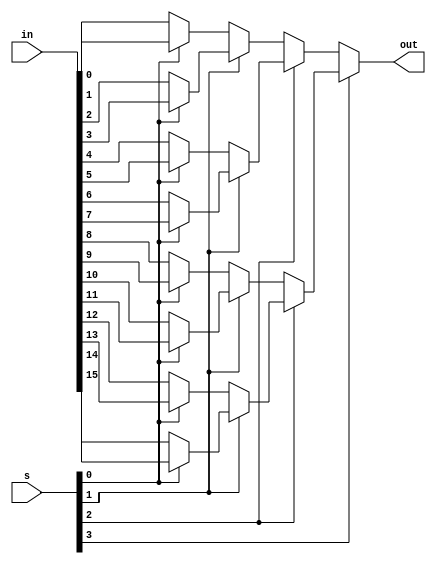
module mux16_4 (input [15:0] in , input [3:0] s , output out);

	//assign out = in[s];
	
	
	/* 
		MUX----	MUX----	MUX----	MUX ----
		MUX--^	     ^	     ^
		MUX----	MUX--^	     ^
		MUX--^		     ^
		MUX----	MUX----	MUX--^
		MUX--^	     ^
		MUX----	MUX--^
		MUX--^
	*/

	wire internal_0[0:7];
	assign internal_0[0] = (s[0])? in[ 1]:in[ 0];
	assign internal_0[1] = (s[0])? in[ 3]:in[ 2];
	assign internal_0[2] = (s[0])? in[ 5]:in[ 4];
	assign internal_0[3] = (s[0])? in[ 7]:in[ 6];
	assign internal_0[4] = (s[0])? in[ 9]:in[ 8];
	assign internal_0[5] = (s[0])? in[11]:in[10];
	assign internal_0[6] = (s[0])? in[13]:in[12];
	assign internal_0[7] = (s[0])? in[15]:in[14];
	

	wire internal_1[0:3];
	assign internal_1[0] = (s[1]) ? internal_0[1] : internal_0[0];
	assign internal_1[1] = (s[1]) ? internal_0[3] : internal_0[2];
	assign internal_1[2] = (s[1]) ? internal_0[5] : internal_0[4];
	assign internal_1[3] = (s[1]) ? internal_0[7] : internal_0[6]; 
	
	wire internal_2[0:1];
	assign internal_2[0] = (s[2]) ? internal_1[1] : internal_1[0];
	assign internal_2[1] = (s[2]) ? internal_1[3] : internal_1[2];
	

	assign out = (s[3]) ? internal_2[1]:internal_2[0];

endmodule